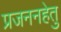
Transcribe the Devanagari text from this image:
प्रजननहेतु